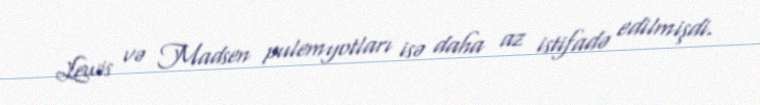
Lewis və Madsen pulemyotları isə daha az istifadə edilmişdi.